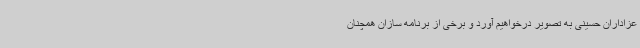
عزاداران حسینی به تصویر درخواهیم آورد و برخی از برنامه سازان همچنان